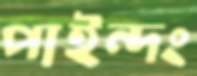
পাইন্দং